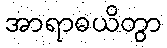
အာရာဓယိတွာ